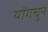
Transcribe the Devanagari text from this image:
योंगचुन